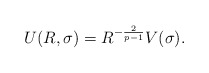
\begin{align*}U(R,\sigma)=R^{-\frac{2}{p-1}}V(\sigma).\end{align*}